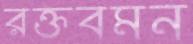
রক্তবমন